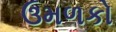
ઉમળકો